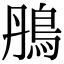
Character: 鴅